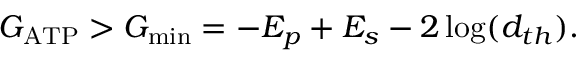
G _ { \mathrm { A T P } } > G _ { \operatorname* { m i n } } = - E _ { p } + E _ { s } - 2 \log ( d _ { t h } ) .